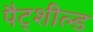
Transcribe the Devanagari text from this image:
पैट्शील्ड